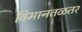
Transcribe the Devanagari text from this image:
विमानतळतर